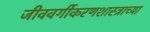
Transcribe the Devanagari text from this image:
जीववर्गीकरणशास्त्राच्या